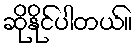
ဆိုနိုင်ပါတယ်။